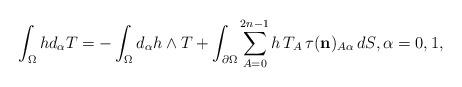
LaTeX: \begin{align*}\int_\Omega hd_\alpha T=-\int_\Omega d_\alpha h\wedge T+\int_{\partial\Omega}\sum_{A=0}^{2n-1}h\,T_A\, \tau( \mathbf{{n}})_{A\alpha}\,dS,\alpha=0,1,\end{align*}